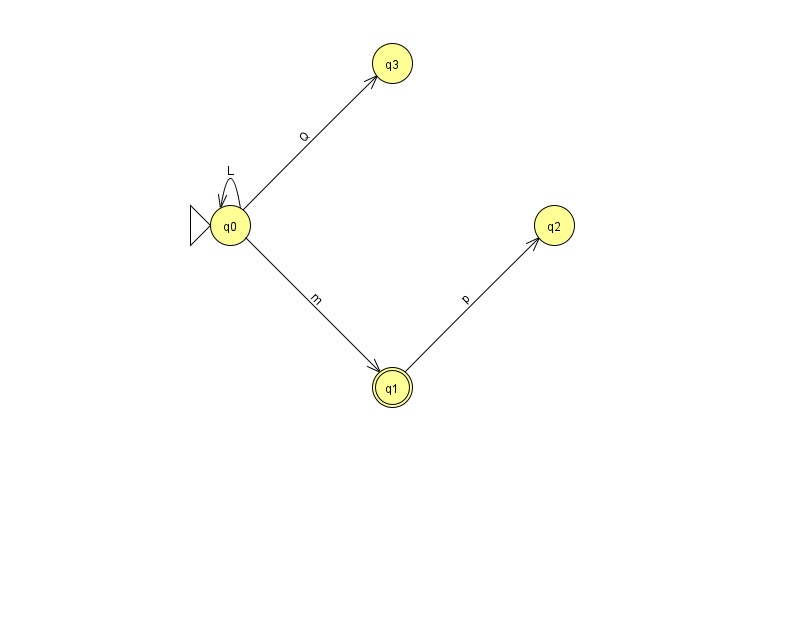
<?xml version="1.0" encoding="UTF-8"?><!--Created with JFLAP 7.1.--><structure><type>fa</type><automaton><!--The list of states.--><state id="0" name="q0"><x>230.0</x><y>212.0</y><initial/></state><state id="1" name="q1"><x>392.0</x><y>374.0</y><final/></state><state id="2" name="q2"><x>554.0</x><y>212.0</y></state><state id="3" name="q3"><x>392.0</x><y>50.0</y></state><!--The list of transitions.--><transition><from>0</from><to>1</to><read>m</read></transition><transition><from>0</from><to>3</to><read>Q</read></transition><transition><from>1</from><to>2</to><read>p</read></transition><transition><from>0</from><to>0</to><read>L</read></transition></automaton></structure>